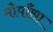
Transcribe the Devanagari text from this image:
मोपाँसा